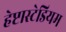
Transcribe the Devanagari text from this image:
हेप्टास्टेडियम